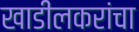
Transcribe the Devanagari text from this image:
खाडीलकरांचा